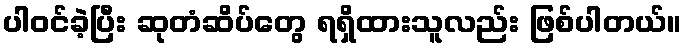
ပါဝင်ခဲ့ပြီး ဆုတံဆိပ်တွေ ရရှိထားသူလည်း ဖြစ်ပါတယ်။